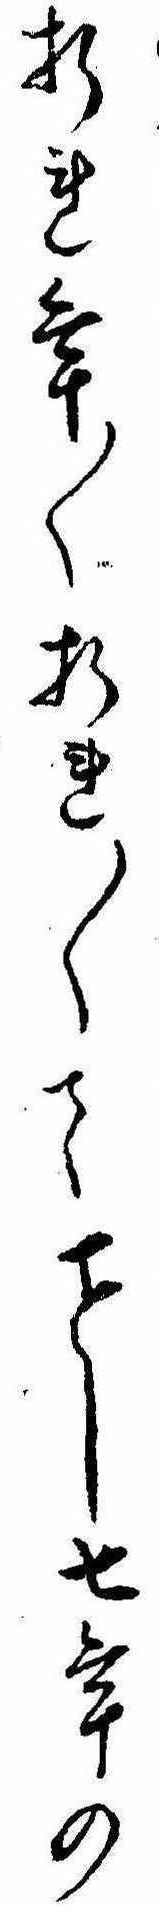
折れ年〱折れ〱てし七年の